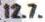
12.7.